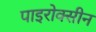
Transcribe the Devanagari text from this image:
पाइरोक्सीन